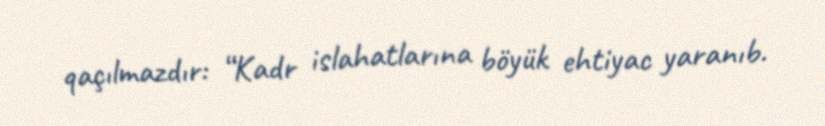
qaçılmazdır: “Kadr islahatlarına böyük ehtiyac yaranıb.